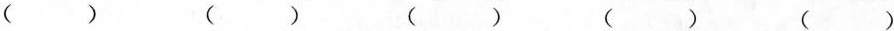
( ) () () () ()